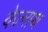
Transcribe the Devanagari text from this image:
वेज्नाथ